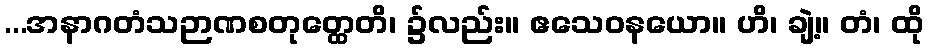
...အနာဂတံသဉာဏစတုတ္ထေတိ၊ ၌လည်း။ ဧသေဝနယော။ ဟိ၊ ချဲ့။ တံ၊ ထို